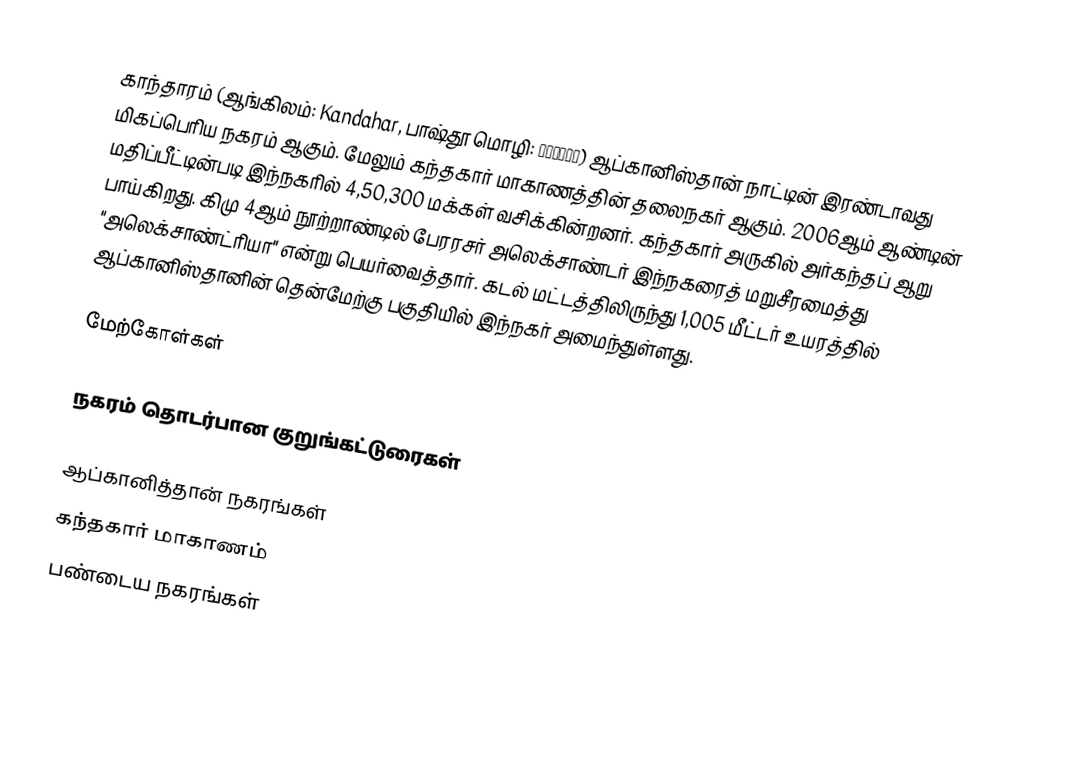
காந்தாரம் (ஆங்கிலம்: Kandahar, பாஷ்தூ மொழி: کندهار) ஆப்கானிஸ்தான் நாட்டின் இரண்டாவது மிகப்பெரிய நகரம் ஆகும். மேலும் கந்தகார் மாகாணத்தின் தலைநகர் ஆகும்.  2006ஆம் ஆண்டின் மதிப்பீட்டின்படி இந்நகரில் 4,50,300 மக்கள் வசிக்கின்றனர். கந்தகார் அருகில் அர்கந்தப் ஆறு பாய்கிறது. கிமு 4ஆம் நூற்றாண்டில் பேரரசர் அலெக்சாண்டர் இந்நகரைத் மறுசீரமைத்து  "அலெக்சாண்ட்ரியா" என்று பெயர்வைத்தார். கடல் மட்டத்திலிருந்து 1,005 மீட்டர் உயரத்தில் ஆப்கானிஸ்தானின் தென்மேற்கு பகுதியில் இந்நகர் அமைந்துள்ளது.

மேற்கோள்கள்

நகரம் தொடர்பான குறுங்கட்டுரைகள்

ஆப்கானித்தான் நகரங்கள்
கந்தகார் மாகாணம்
பண்டைய நகரங்கள்